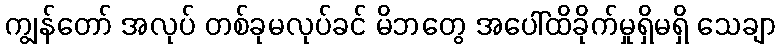
ကျွန်တော် အလုပ် တစ်ခုမလုပ်ခင် မိဘတွေ အပေါ်ထိခိုက်မှုရှိမရှိ သေချာ